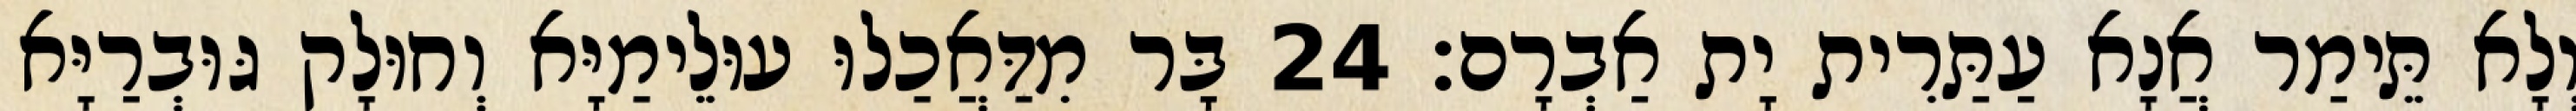
וְלָא תֵּימַר אֲנָא עַתַּרִית יָת אַבְרָם׃ 24 בָּר מִדַּאֲכַלוּ עוּלֵימַיָּא וְחוּלָק גּוּבְרַיָּא